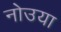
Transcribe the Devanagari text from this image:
नोउया